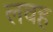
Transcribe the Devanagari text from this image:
लवह